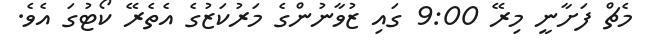
މެޗް ފަށާނީ މިރޭ 9:00 ގައި ޒުވާނުންގެ މަރުކަޒުގެ އެތެރޭ ކޯޓުގަ އެވެ.